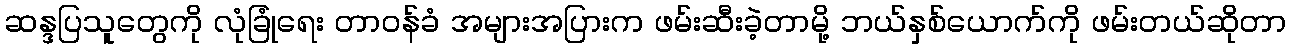
ဆန္ဒပြသူတွေကို လုံခြုံရေး တာဝန်ခံ အများအပြားက ဖမ်းဆီးခဲ့တာမို့ ဘယ်နှစ်ယောက်ကို ဖမ်းတယ်ဆိုတာ